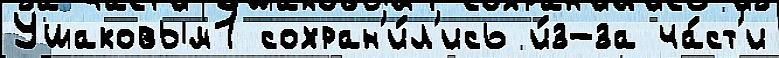
Ушаковым1 сохран'и́л'ись и́з-за ча́ст'и